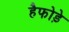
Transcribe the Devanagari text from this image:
हैफोड़े